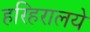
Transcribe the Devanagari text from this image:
हरिहरालये